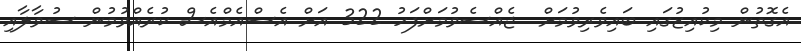
އެގޮތުން މިކުއިޒުގައި ބައިވެރިވުމަށް  ޖެއްސެވުމަށްފަހު 322 އަށް އެސްއެމްއެސް ކުރެއްވުމުން ސުވާލާއި